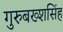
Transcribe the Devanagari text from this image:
गुरुबख्शसिंह